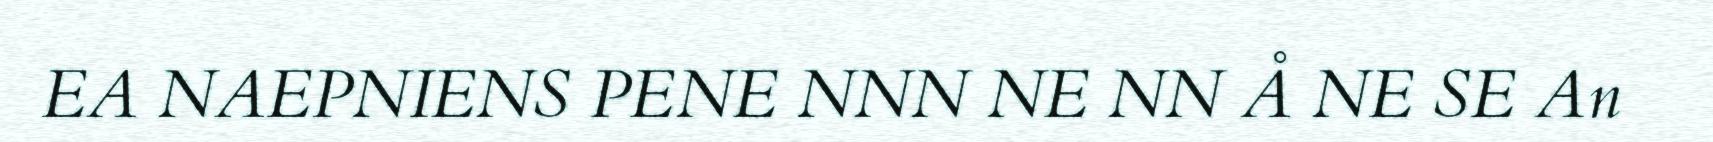
EA NAEPNIENS PENE NNN NE NN Å NE SE An